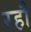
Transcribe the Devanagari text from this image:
रहौ